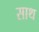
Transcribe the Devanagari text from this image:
साथ